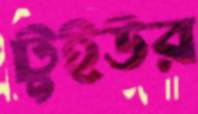
টুইউর